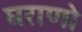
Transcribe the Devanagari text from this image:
घराणो